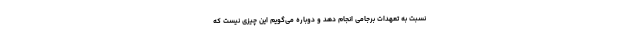
نسبت به تعهدات برجامی انجام دهد و دوباره می‌گویم این چیزی نیست که